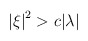
\begin{align*}\left|\xi\right|^2>c|\lambda|\end{align*}